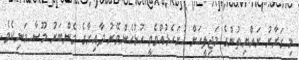
މި ގަރާރު ރައްޔިތުންގެ މަޖިލީހަށް ހުށަހެޅުއްވެވީ ހުޅުހެންވޭރު ދާއިރާގެ މެންބަރު މޫސާ މަނިކެވެ.